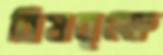
বিষবৃক্ষে